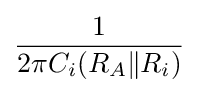
{\frac {1}{2\pi C_{i}(R_{A}\|R_{i})}}